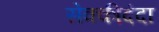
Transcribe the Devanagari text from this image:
सेक्कीदंदा